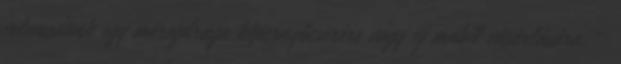
vetemedünk egy méregdrága képernyőcserére vagy új mobil vásárlására. –